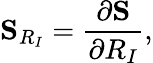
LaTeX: {\displaystyle{\mathbf S}_{R_{I}}=\frac{\partial{\mathbf S}}{\partial R_{I}}},